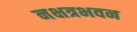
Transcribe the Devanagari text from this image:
नक्षत्रभवन